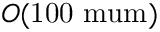
O ( \mathrm { { 1 0 0 \ m u m } ) }